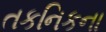
તકનિકના